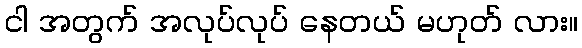
ငါ အတွက် အလုပ်လုပ် နေတယ် မဟုတ် လား။